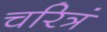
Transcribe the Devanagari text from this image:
चरित्रं